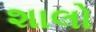
શાલો